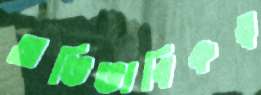
অভিভাবিকত্ব